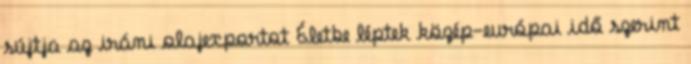
sújtja az iráni olajexportot Életbe léptek közép-európai idő szerint